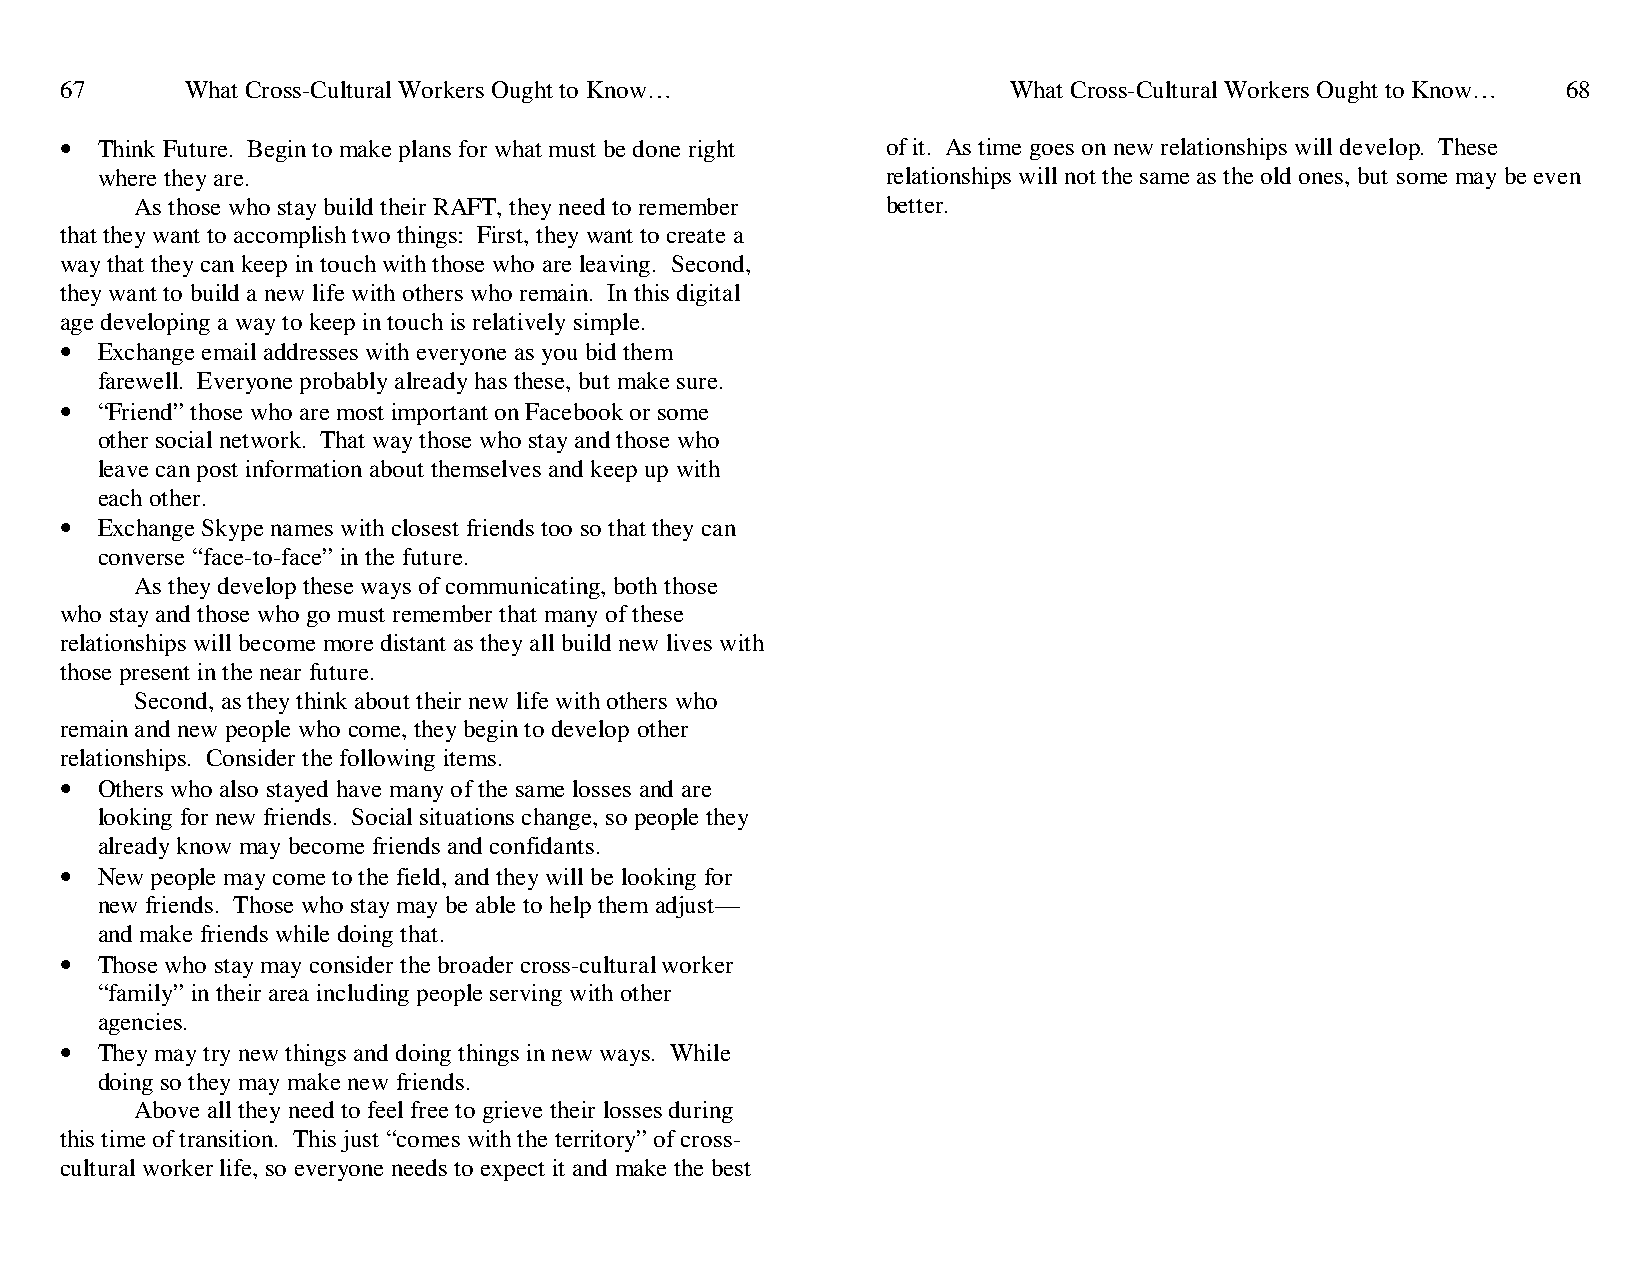
67      What Cross-Cultural Workers Ought to Know…             What Cross-Cultural Workers Ought to Know… 68
 • Think Future. Begin to make plans for what must be done right of it. As time goes on new relationships will develop. These
 where they are.                                      relationships will not the same as the old ones, but some may be even
 As those who stay build their RAFT, they need to remember better.
 that they want to accomplish two things: First, they want to create a
 way that they can keep in touch with those who are leaving. Second,
 they want to build a new life with others who remain. In this digital
 age developing a way to keep in touch is relatively simple.
 • Exchange email addresses with everyone as you bid them
 farewell. Everyone probably already has these, but make sure.
 • “Friend” those who are most important on Facebook or some
 other social network. That way those who stay and those who
 leave can post information about themselves and keep up with
 each other.
 • Exchange Skype names with closest friends too so that they can
 converse “face-to-face” in the future.
 As they develop these ways of communicating, both those
 who stay and those who go must remember that many of these
 relationships will become more distant as they all build new lives with
 those present in the near future.
 Second, as they think about their new life with others who
 remain and new people who come, they begin to develop other
 relationships. Consider the following items.
 • Others who also stayed have many of the same losses and are
 looking for new friends. Social situations change, so people they
 already know may become friends and confidants.
 • New people may come to the field, and they will be looking for
 new friends. Those who stay may be able to help them adjust—
 and make friends while doing that.
 • Those who stay may consider the broader cross-cultural worker
 “family” in their area including people serving with other
 agencies.
 • They may try new things and doing things in new ways. While
 doing so they may make new friends.
 Above all they need to feel free to grieve their losses during
 this time of transition. This just “comes with the territory” of cross-
 cultural worker life, so everyone needs to expect it and make the best